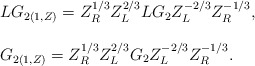
\begin{align*}\begin{array}{l}LG_{2(1,Z)} =Z_{R}^{1/3}Z_{L}^{2/3}LG_{2}Z_{L}^{-2/3}Z_{R}^{-1/3}, \\ \\G_{2(1,Z)} =Z_{R}^{1/3}Z_{L}^{2/3}G_{2}Z_{L}^{-2/3}Z_{R}^{-1/3}. \\\end{array}\end{align*}